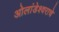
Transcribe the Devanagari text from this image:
ओलांडेश्वराचे